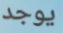
يوجد